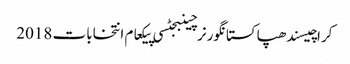
کراچیسندھپاکستانگورنرچینبجٹسی پیکعام انتخابات 2018